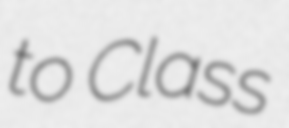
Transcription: to Class